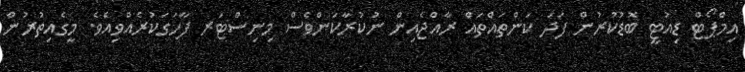
އިމްޕޯޓް ޑިއުޓީ ބޮޑުކުރުން ފަދަ ކަންތައްތައް ރާއްޖެއިން ނުކުރާކަންވެސް މިނިސްޓަރ ފާހަގަކުރެއްވިއެވެ. މީގެއިތުރުން